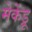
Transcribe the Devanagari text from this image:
मेकेंड्रू